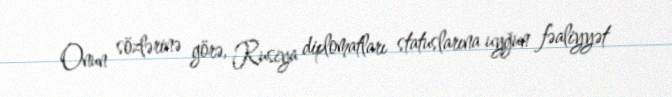
Onun sözlərinə görə, Rusiya diplomatları statuslarına uyğun fəaliyyət